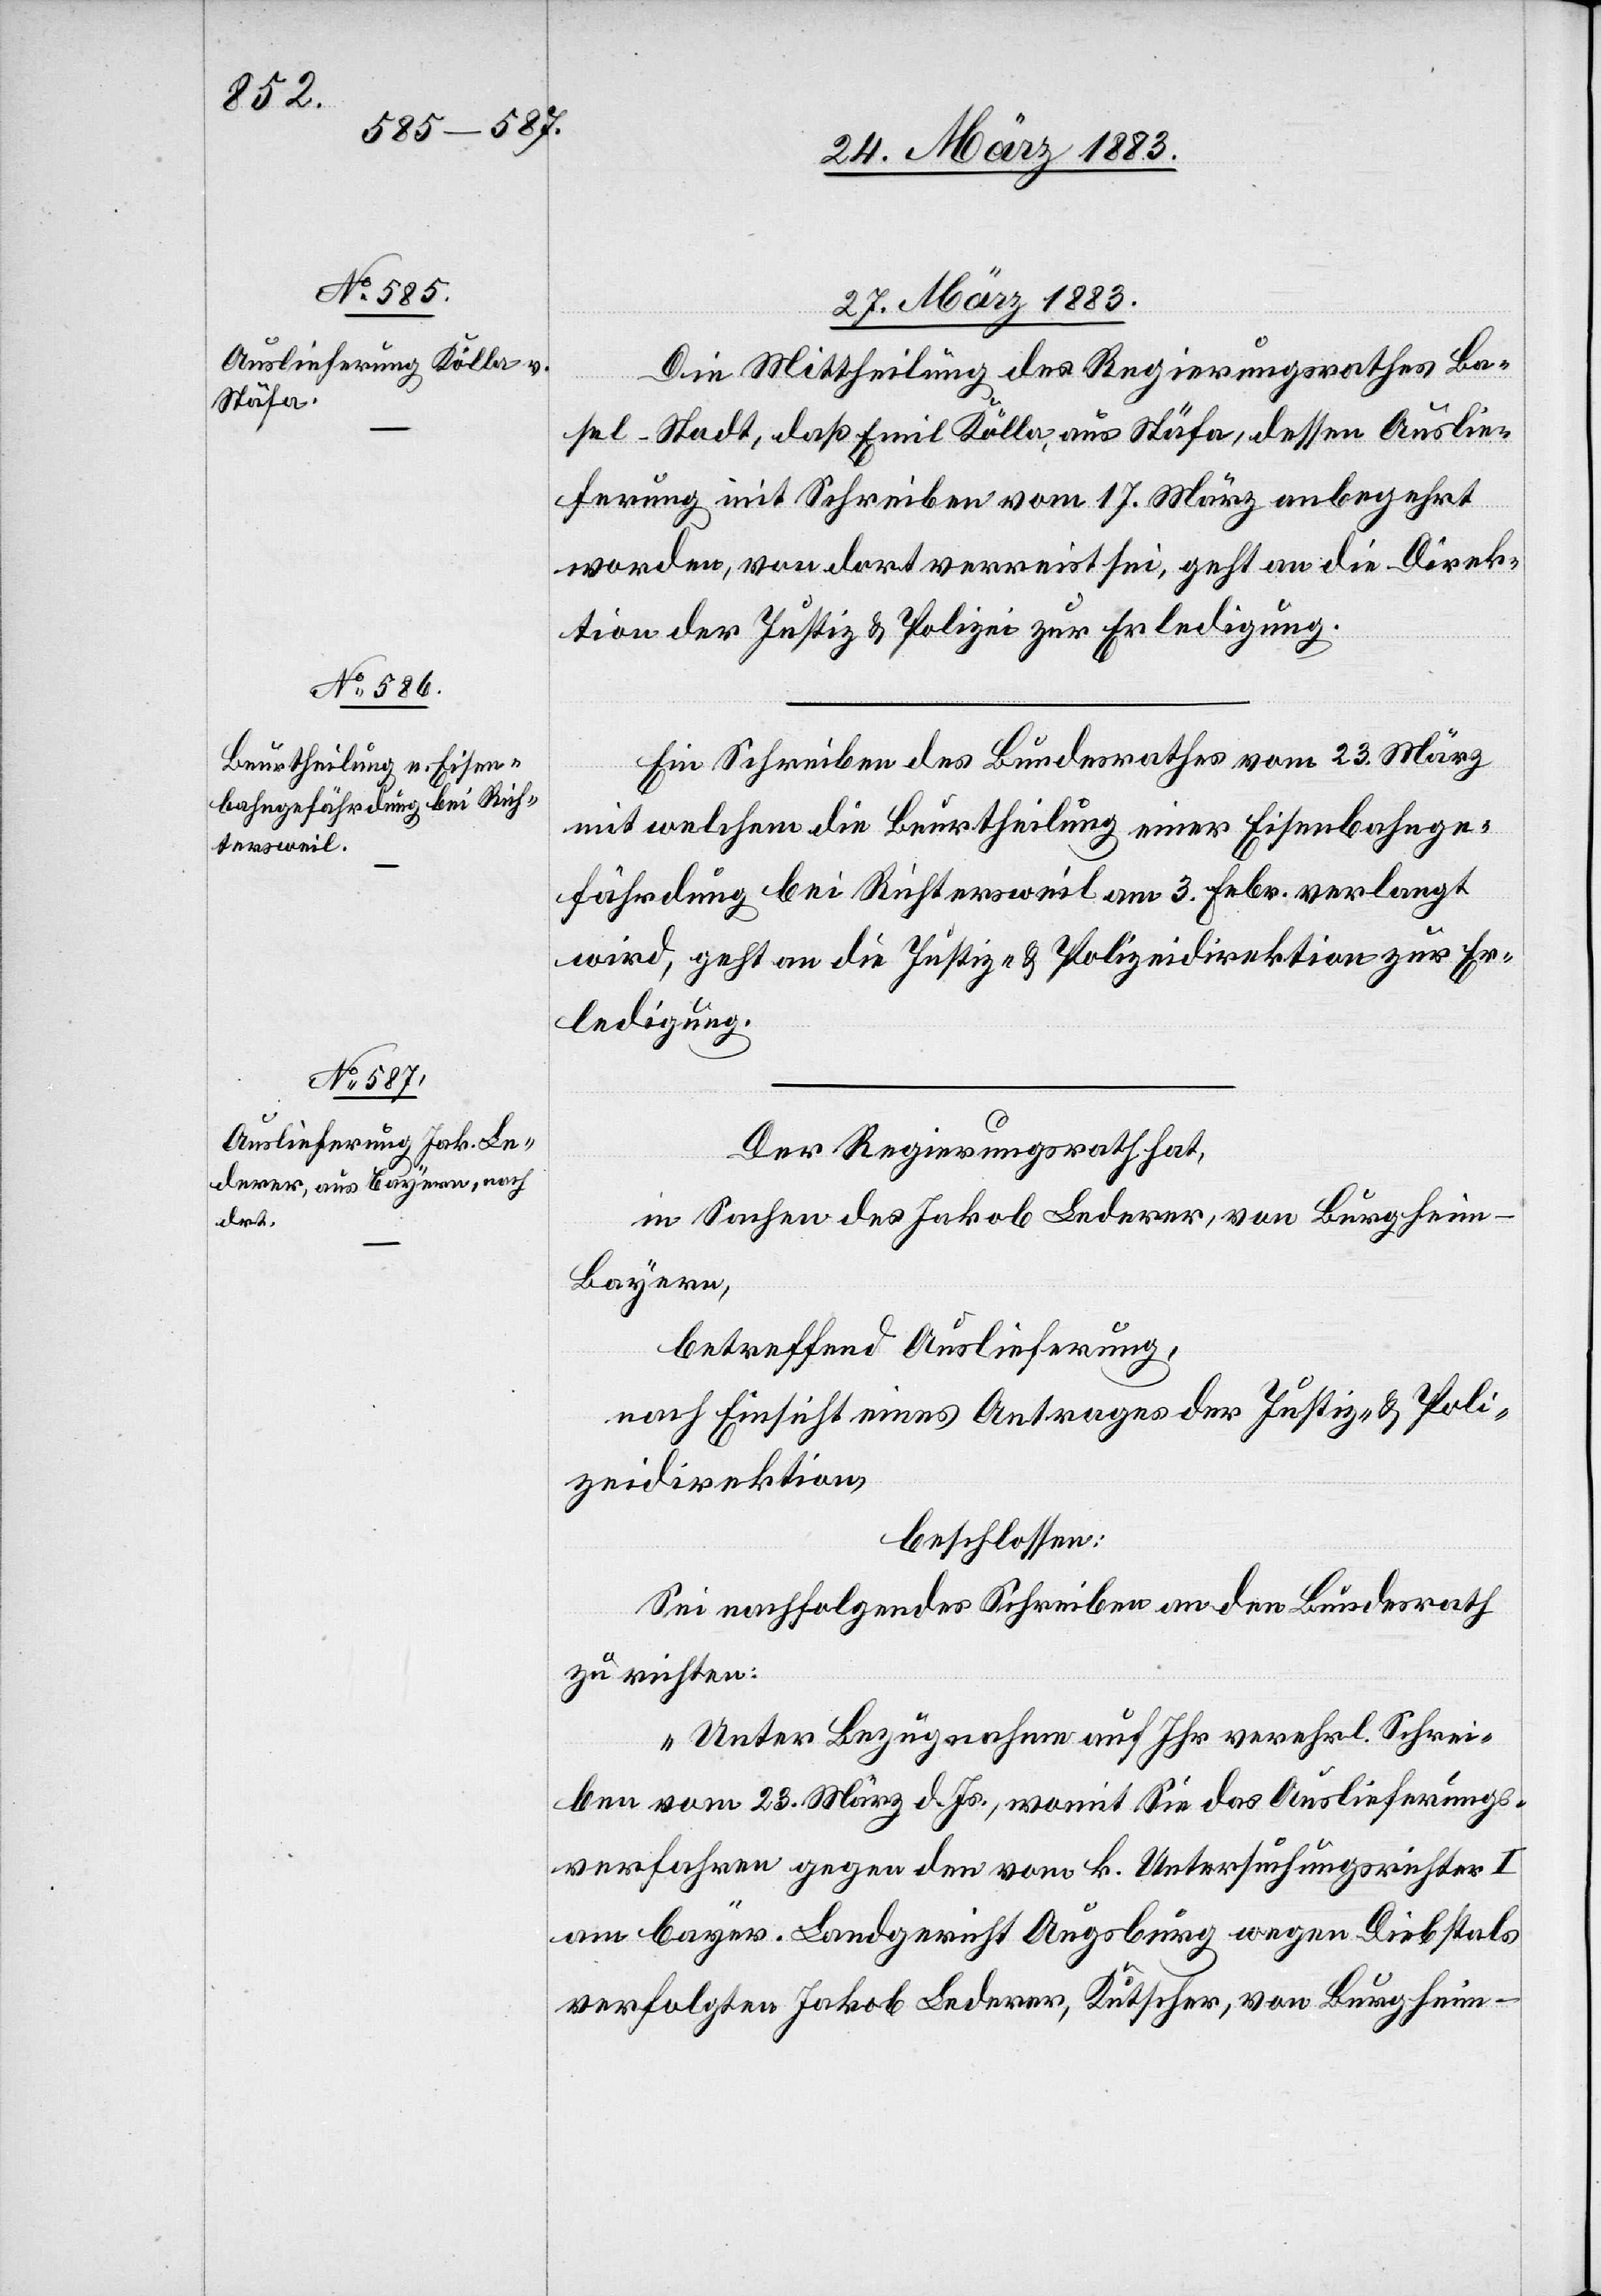
27.März 1883.]
Die Mittheilung des Regierungsrathes Ba¬
sel-Stadt, daß Emil Kölla, aus Stäfa, dessen Auslie¬
ferung mit Schreiben vom 17. März anbegehrt
worden, von dort verreist sei, geht an die Direk¬
tion der Justiz & Polizei zur Erledigung.
Ein Schreiben des Bundesrathes vom 23. März
mit welchem die Beurtheilung einer Eisenbahnge¬
fährdung bei Richtersweil am 3. Febr. verlangt
wird, geht an die Justiz- & Polizeidirektion zur Er¬
ledigung.
Der Regierungsrath hat,
in Sachen des Jakob Lederer, von Burgheim
Bayern,
betreffend Auslieferung,
nach Einsicht eines Antrages der Justiz- & Poli¬
zeidirektion,
beschlossen:
Sei nachfolgendes Schreiben an den Bundesrath
zu richten:
„Unter Bezugnahme auf Ihr verehrl. Schrei¬
ben vom 23. März d. Js., womit Sie das Auslieferungs¬
verfahren gegen den vom k. Untersuchungsrichter I
am bayer. Landgericht Augsburg wegen Diebstals
verfolgten Jakob Lederer, Kutscher, von Burgheim